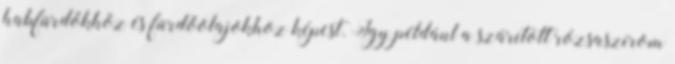
habfürdőkhöz és fürdőolajokhoz képest. Így például a szárított rózsaszirom